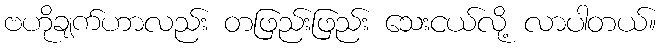
ဗဟိုချက်ဟာလည်း တဖြည်းဖြည်း သေးငယ်လို့ လာပါတယ်။